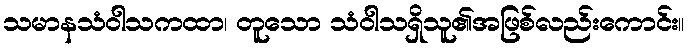
သမာနသံဝါသကထာ၊ တူသော သံဝါသရှိသူ၏အဖြစ်လည်းကောင်း။